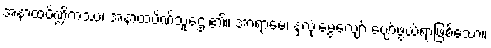
အနာထပိဏ္ဍိကဿ၊ အနာထပိဏ်သူဌေး၏။ အာရာမေ၊ နှလုံးမွေ့လျော် ပျော်ဖွယ်ရာဖြစ်သော။